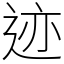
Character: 迹